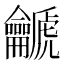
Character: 䶵